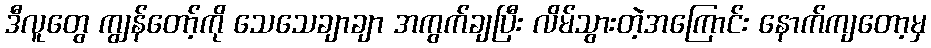
ဒီလူတွေ ကျွန်တော့်ကို သေသေချာချာ အကွက်ချပြီး လိမ်သွားတဲ့အကြောင်း နောက်ကျတော့မှ